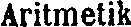
Aritmetik